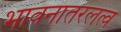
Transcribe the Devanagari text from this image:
भावनातरलत्व